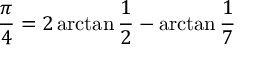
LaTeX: { \frac { \pi } { 4 } } = 2 \arctan { \frac { 1 } { 2 } } - \arctan { \frac { 1 } { 7 } }